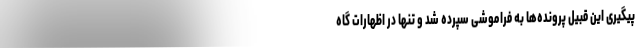
پیگیری این قبیل پرونده‌ها به فراموشی سپرده شد و تنها در اظهارات گاه